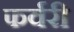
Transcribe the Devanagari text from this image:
फर्वरी